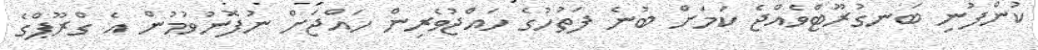
ކުންފުނި ބަނގުރޫޓްވެއްޖެ ކަމަށް ބުނެ ފަތުހުގެ ހައްޖުވެރިން ހައްޖަށް ނުފޮނުވުމުން އެ ގްރޫޕްގެ